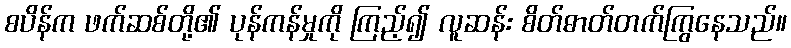
စပိန်က ဖက်ဆစ်တို့၏ ပုန်ကန်မှုကို ကြည့်၍ လူဆန်း စိတ်ဓာတ်တက်ကြွနေသည်။